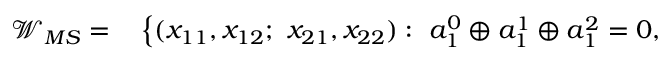
\begin{array} { r l } { \mathcal { W } _ { M S } = } & { { } \left\{ ( x _ { 1 1 } , x _ { 1 2 } ; ~ x _ { 2 1 } , x _ { 2 2 } ) : ~ a _ { 1 } ^ { 0 } \oplus a _ { 1 } ^ { 1 } \oplus a _ { 1 } ^ { 2 } = 0 , \right. } \end{array}